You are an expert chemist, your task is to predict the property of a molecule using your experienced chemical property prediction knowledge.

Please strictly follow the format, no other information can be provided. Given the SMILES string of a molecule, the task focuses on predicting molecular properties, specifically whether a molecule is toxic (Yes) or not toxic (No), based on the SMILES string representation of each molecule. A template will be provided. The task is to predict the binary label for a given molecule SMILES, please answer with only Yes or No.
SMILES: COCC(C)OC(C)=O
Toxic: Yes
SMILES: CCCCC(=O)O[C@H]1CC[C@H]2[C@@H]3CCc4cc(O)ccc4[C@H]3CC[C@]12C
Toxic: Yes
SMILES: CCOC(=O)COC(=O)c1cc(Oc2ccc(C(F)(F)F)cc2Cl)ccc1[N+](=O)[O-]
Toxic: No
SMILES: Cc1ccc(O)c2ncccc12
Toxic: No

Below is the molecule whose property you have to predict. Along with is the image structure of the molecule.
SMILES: C#CCN(C)Cc1ccccc1
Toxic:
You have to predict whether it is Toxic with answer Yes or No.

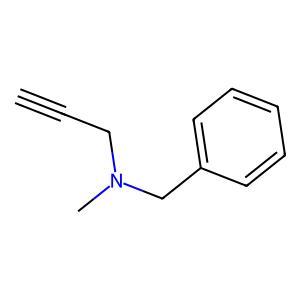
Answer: No